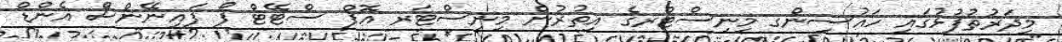
މިދަރުތުފުޅުގައި ހައުސިންގ މިނިސްޓްރގެ އިތުރުން މިނިސްޓަރ އޮފް ސްޓޭޓް ފޯ ފައިނޭންސް އެންޑް